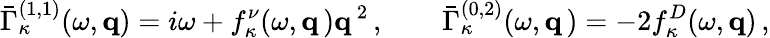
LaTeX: \bar{\Gamma}_{\kappa}^{(1,1)}(\omega,{\mathbf q})=i\omega+f_{\kappa}^{\nu}(\omega,{\mathbf q}\, ){\mathbf q}^{\, 2}\, ,\qquad\bar{\Gamma}_{\kappa}^{(0,2)}(\omega,{\mathbf q}\, )=-2f_{\kappa}^{D}(\omega,{\mathbf q})\, ,